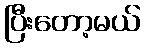
ပြီးတော့မယ်